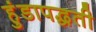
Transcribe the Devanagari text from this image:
हुंडापद्धती